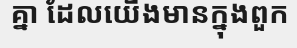
គ្នា ដែលយើងមានក្នុងពួក